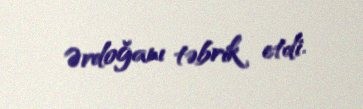
Ərdoğanı təbrik etdi.